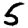
Digit: 5